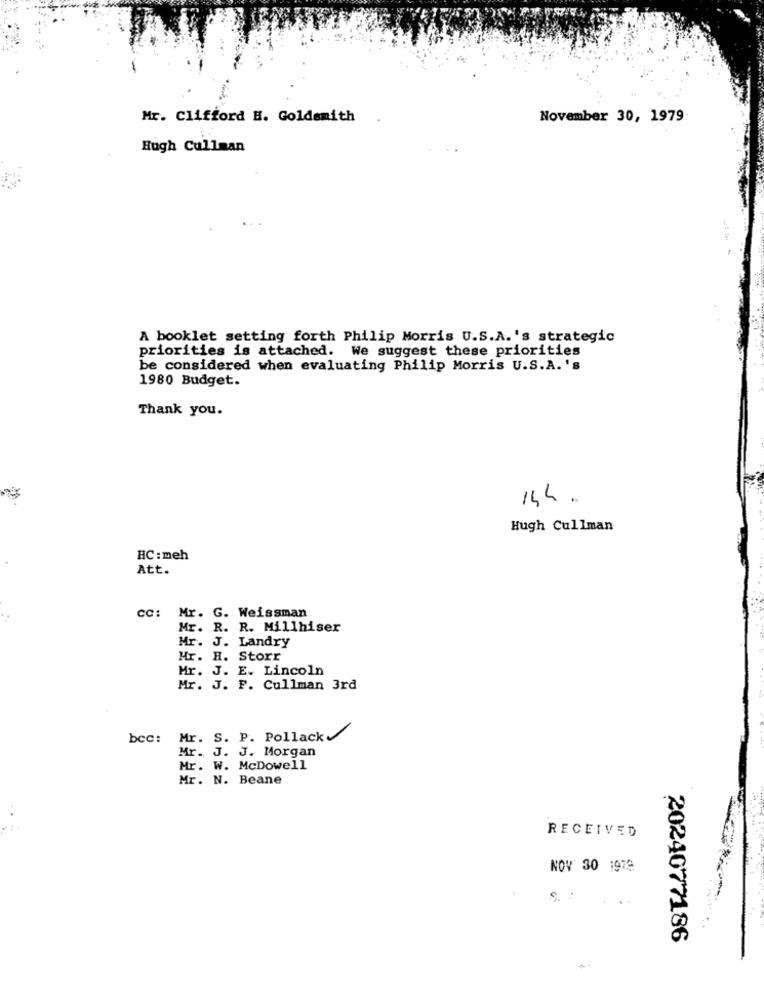
Mr. Clifford H. Goldsmith
November 30, 1979
Hugh Cullman
A booklet setting forth Philip Morris U.S.A.'s strategic
priorities is attached. We suggest these priorities
be considered when evaluating Philip Morris U.S.A. 's
1980 Budget.
Thank you.
14h.
Hugh Cullman
HC: meh
Att.
cc: Mr. G. Weissman
Mr. R. R. Millhiser
Mr. J. Landry
Hr. H. Storr
Mr. J. E. Lincoln
Mr. J. F. Cullman 3rd
bcc: Mr. S. P. Pollack
Mr. J. J. Morgan
Mr. W. McDowell
Mr. N. Beane
RECEIVED
NOV 30 1979
2024077186